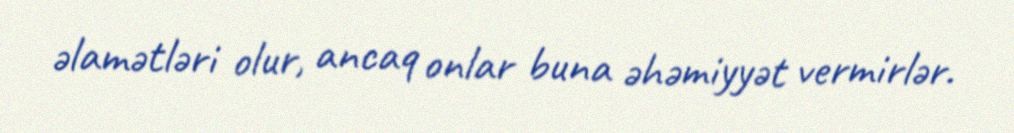
əlamətləri olur, ancaq onlar buna əhəmiyyət vermirlər.